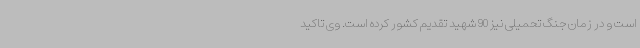
است و در زمان جنگ تحمیلی نیز 90 شهید تقدیم کشور کرده است. وی تاکید